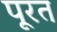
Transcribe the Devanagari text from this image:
पूरत